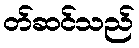
တ်ဆင်သည်